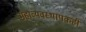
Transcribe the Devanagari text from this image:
महाव्यवस्थापकही